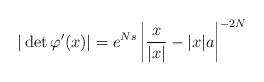
LaTeX: \begin{align*}|\det \varphi'(x)|= e^{Ns}\left|\frac{x}{|x|} -|x|a\right|^{-2N}\end{align*}